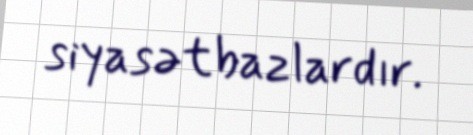
siyasətbazlardır.